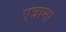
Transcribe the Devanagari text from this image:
एत्रामा